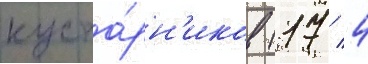
куста́рн'иков (17 / 4